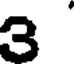
3